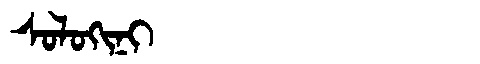
Manchu: ᠰᠣᠯᠣᡴᡳᠨᡳ
Romanization: SOLOKINI